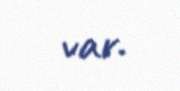
var.